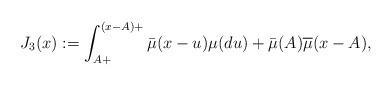
LaTeX: \begin{align*}J_3(x):= \int_{A+}^{(x-A)+}\bar\mu(x-u)\mu(du) +\bar\mu(A)\overline{\mu}(x-A),\end{align*}